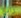
رائع